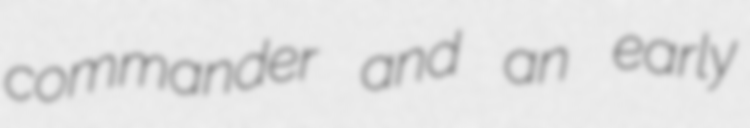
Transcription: commander and an early